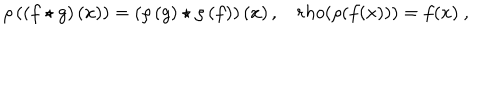
LaTeX: \rho \left( \left( f \star g \right) \left( x \right) \right) = \left( \rho \left( g \right) \star \rho \left( f \right) \right) \left( x \right) , \ \ \ \, r h o ( \rho ( f ( x ) ) ) = f ( x ) \ ,